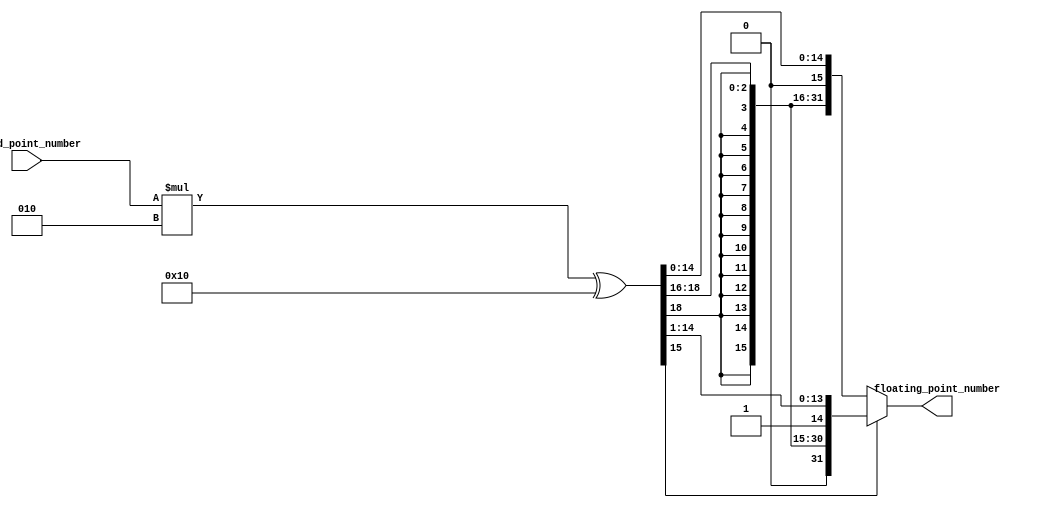
module fixed_point_converter (
    input signed [N-1:0] fixed_point_number,
    output reg [M-1:0] floating_point_number
);

parameter N = 16; // Number of bits in fixed-point input
parameter M = 32; // Number of bits in floating-point output

// Arithmetic block for turning fixed-point to floating-point
reg [M-1:0] temp;
reg [2*N-1:0] result;

always @(*) begin
    result = fixed_point_number * 2^N; // Shift left N bits to convert to floating-point
    if(result[N-1] == 1) begin // Check for overflow
        temp = result >> 1; // Round down
    end else begin
        temp = result;
    end
end

assign floating_point_number = temp;

endmodule